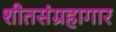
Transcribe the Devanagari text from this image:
शीतसंग्रहागार